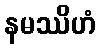
နမဿိဟံ